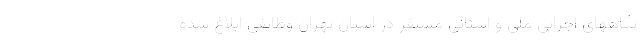
تگاههای اجرایی ملی و استانی مستقر در استان تهران وظایفی ابلاغ شده